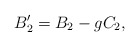
\begin{align*}B_2^\prime = B_2 - g C_2, \end{align*}